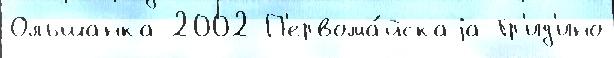
Ольшанка 2002 П'ервома́йскаjа Гр'ид'ино